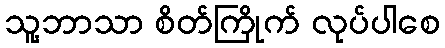
သူ့ဘာသာ စိတ်ကြိုက် လုပ်ပါစေ